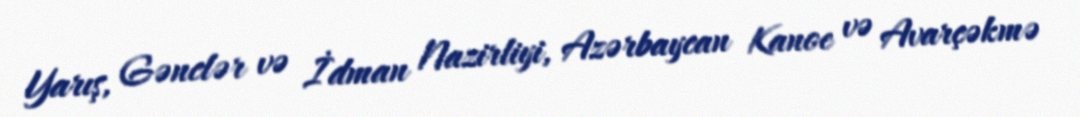
Yarış, Gənclər və İdman Nazirliyi, Azərbaycan Kanoe və Avarçəkmə